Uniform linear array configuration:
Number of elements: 12
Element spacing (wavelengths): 0.25
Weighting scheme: kaiser
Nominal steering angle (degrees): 45
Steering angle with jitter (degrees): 43.802
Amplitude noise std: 0.05
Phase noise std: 0.05

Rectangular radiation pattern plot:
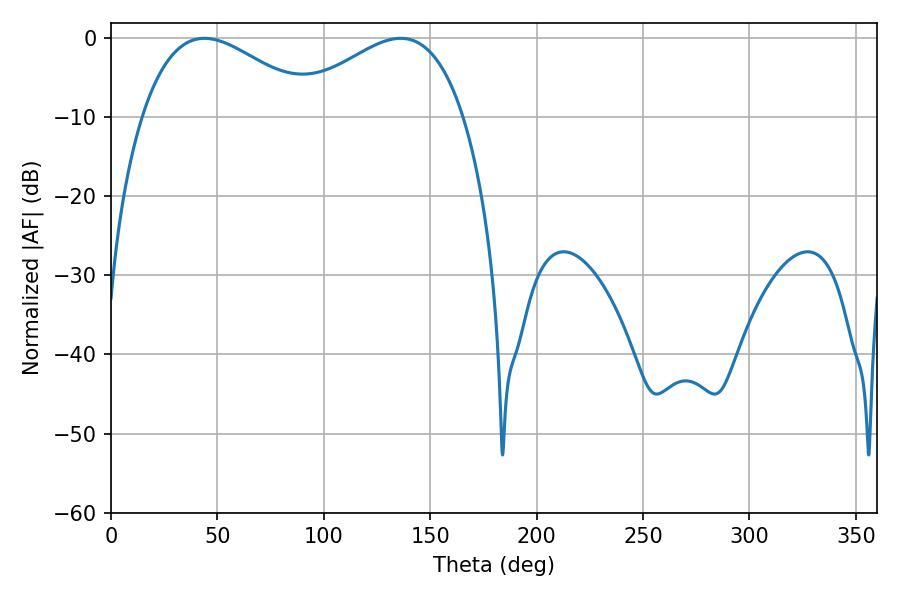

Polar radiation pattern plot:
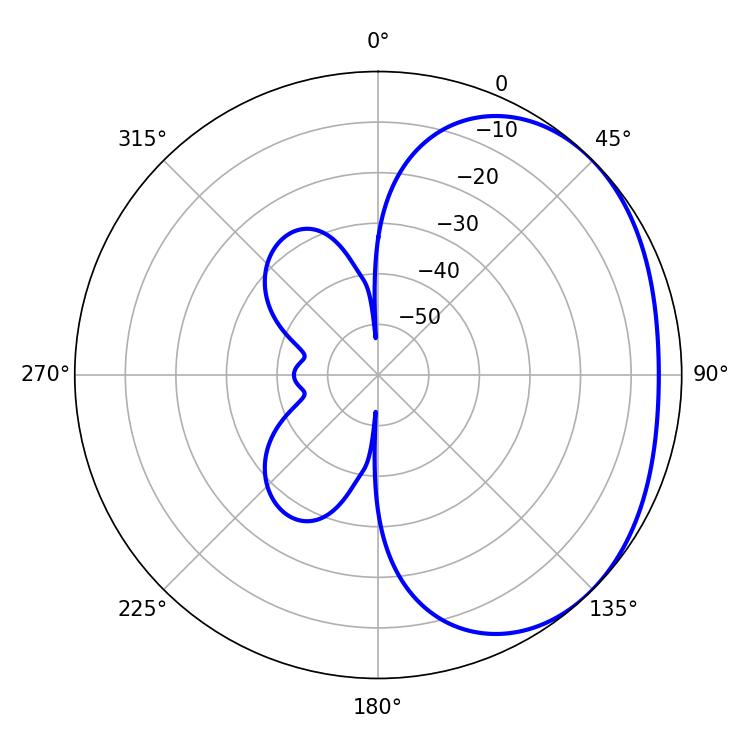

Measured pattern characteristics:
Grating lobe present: FALSE
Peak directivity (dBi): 2.212
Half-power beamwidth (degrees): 44.46
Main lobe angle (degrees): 43.92